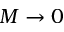
M \rightarrow 0